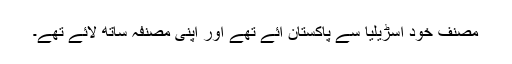
مصنف خود آسڑیلیا سے پاکستان آئے تھے اور اپنی مصنفہ ساتھ لائے تھے۔